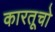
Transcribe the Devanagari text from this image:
कारतूचो